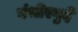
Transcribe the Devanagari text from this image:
गंभीरगुर्दे